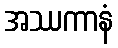
အဿကာနံ